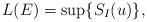
LaTeX: \begin{align*}L(E) = \sup\{S_{I}(u)\},\end{align*}